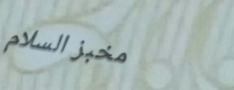
مخبز السلام